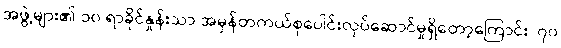
အဖွဲ့များ၏ ၁၀ ရာခိုင်နှုန်းသာ အမှန်တကယ်စုပေါင်းလုပ်ဆောင်မှုရှိတော့ကြောင်း၊ ၇၀